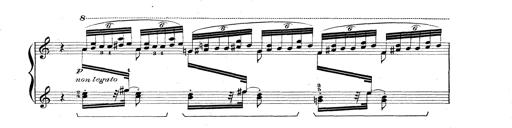
Title: Rapsodie: 19 ungheresi, 1 spagnuola
Composer: Franz Liszt